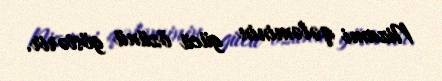
Nizami qələminin gücü özünü göstərir.